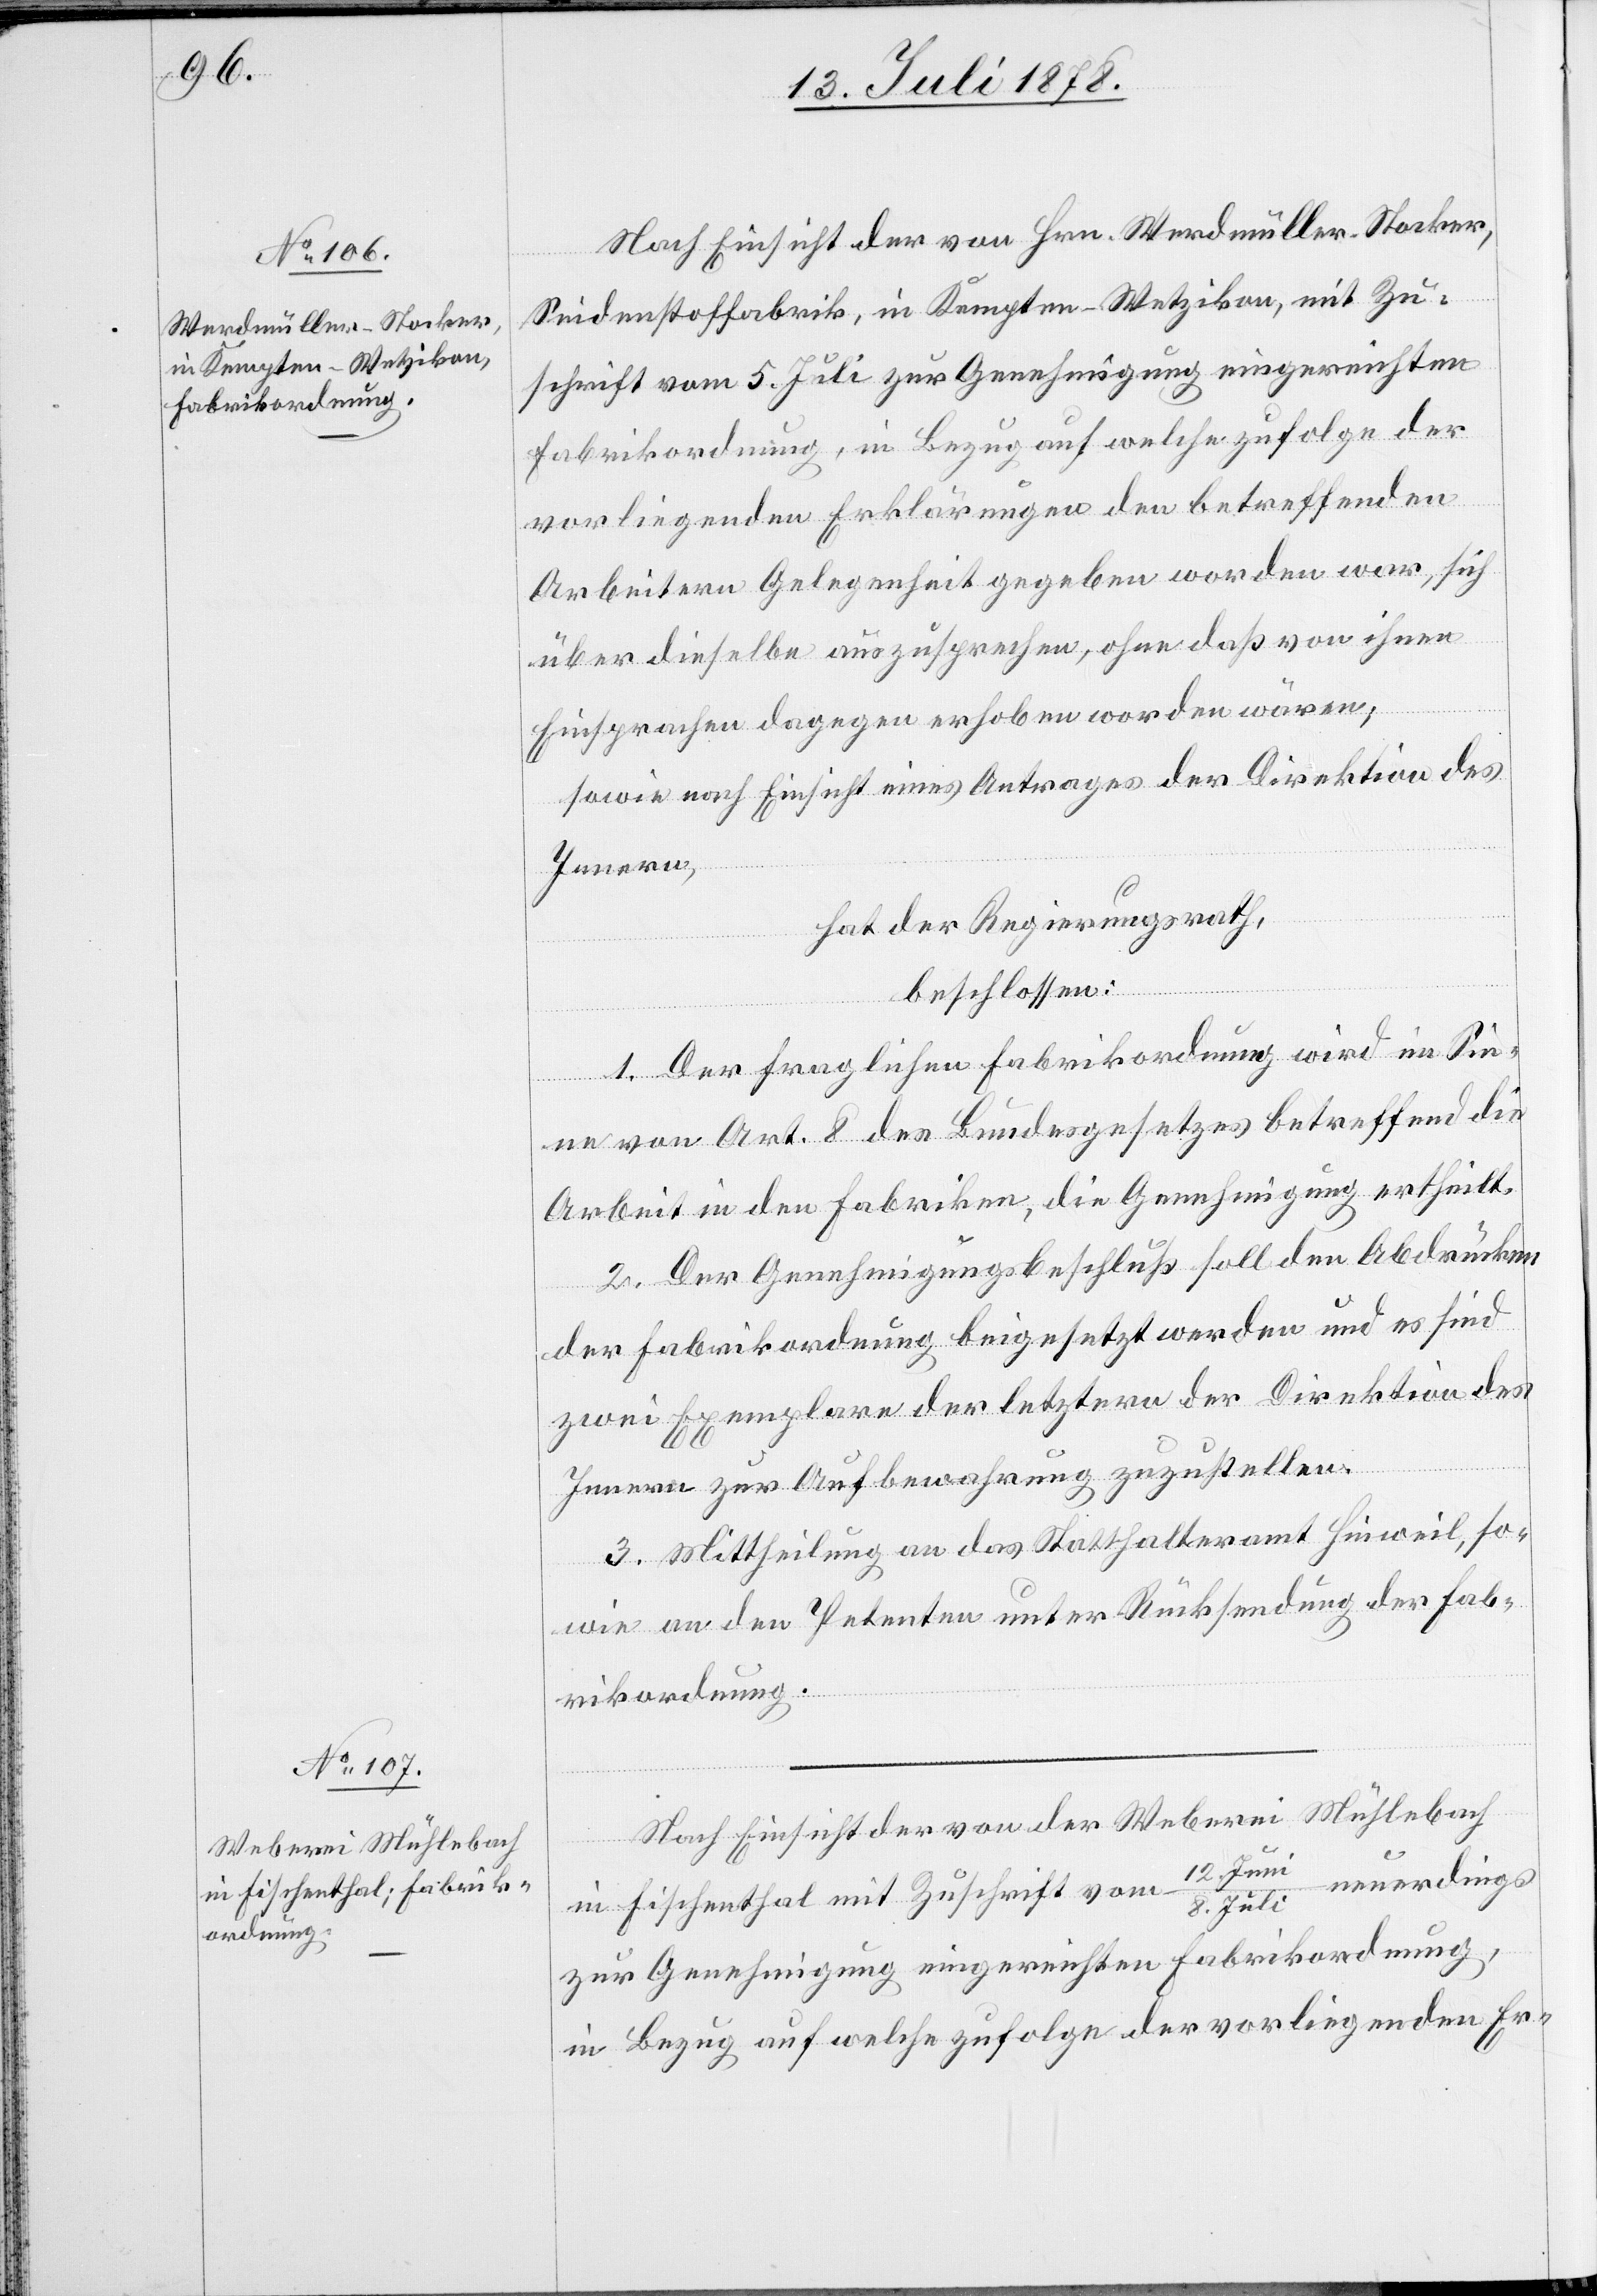
Nach Einsicht der von Hrn. Werdmüller-Stocker,
Seidenstoffabrik, in Kempten - Wetzikon, mit Zu¬
schrift vom 5. Juli zur Genehmigung eingereichten
Fabrikordnung, in Bezug auf welche zufolge der
vorliegenden Erklärungen den betreffenden
Arbeitern Gelegenheit gegeben worden war, sich
über dieselbe auszusprechen, ohne daß von ihnen
Einsprachen dagegen erhoben worden wären;
sowie nach Einsicht eines Antrages der Direktion des
Innern,
hat der Regierungsrath,
beschlossen:
1. Der fraglichen Fabrikordnung wird im Sin¬
ne von Art. 8 des Bundesgesetzes betreffend die
Arbeit in den Fabriken, die Genehmigung ertheilt.
2. Der Genehmigungsbeschluß soll den Abdrücken
der Fabrikordnung beigesetzt werden und es sind
zwei Exemplare der letztern der Direktion des
Innern zur Aufbewahrung zuzustellen.
3. Mittheilung an das Statthalteramt Hinweil, so¬
wie an den Petenten unter Rücksendung der Fab¬
rikordnung.
Nach Einsicht der von der Weberei Mühlebach
/
8. Juli neuerdings
in Fischenthal mit Zuschrift vom 12. Juni
zur Genehmigung eingereichten Fabrikordnung,
in Bezug auf welche zufolge der vorliegenden Er-